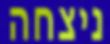
ניצחה